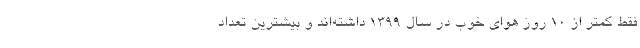
فقط کمتر از ۱۰ روز هوای خوب در سال ۱۳۹۹ داشته‌اند و بیشترین تعداد